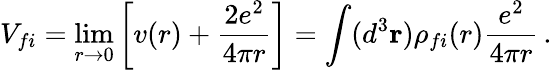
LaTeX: V_{fi}=\operatorname*{lim}_{r\to 0}\left[v(r)+{\frac{2e^{2}}{4\pi r}}\right]=\int(d^{3}{\mathbf r})\rho_{fi}(r){\frac{e^{2}}{4\pi r}}\, .